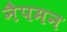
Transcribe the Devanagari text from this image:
नैपमन